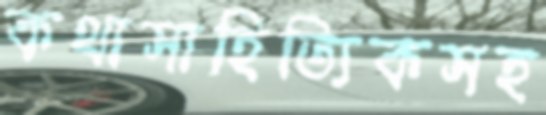
কথাসাহিত্যিকসহ